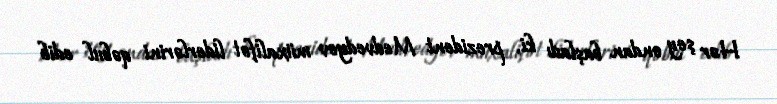
Hər şey ondan başladı ki, prezident Medvedyev müxalifət liderlərini qəbul edib